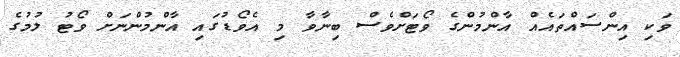
ވަކި އިންސައްތައެއް އާންމުންގެ ވޯޓަށްވެސް ބިނާވާ މި އެވޯޑުގައި އާންމުންނަށް ވޯޓު ލުމުގެ